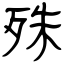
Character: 殊